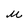
Character: u